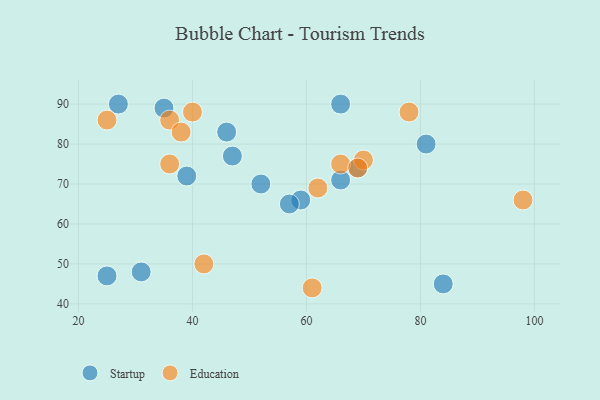
{"axis": {"x": "GDP", "y": "Life Expectancy"}, "legend": ["Education", "Startup"], "data": [{"x": "46", "y": 83, "type": "Startup"}, {"x": "84", "y": 45, "type": "Startup"}, {"x": "59", "y": 66, "type": "Startup"}, {"x": "69", "y": 74, "type": "Startup"}, {"x": "35", "y": 89, "type": "Startup"}, {"x": "81", "y": 80, "type": "Startup"}, {"x": "25", "y": 47, "type": "Startup"}, {"x": "39", "y": 72, "type": "Startup"}, {"x": "52", "y": 70, "type": "Startup"}, {"x": "31", "y": 48, "type": "Startup"}, {"x": "66", "y": 71, "type": "Startup"}, {"x": "47", "y": 77, "type": "Startup"}, {"x": "27", "y": 90, "type": "Startup"}, {"x": "57", "y": 65, "type": "Startup"}, {"x": "66", "y": 90, "type": "Startup"}, {"x": "61", "y": 44, "type": "Education"}, {"x": "40", "y": 88, "type": "Education"}, {"x": "42", "y": 50, "type": "Education"}, {"x": "36", "y": 86, "type": "Education"}, {"x": "70", "y": 76, "type": "Education"}, {"x": "78", "y": 88, "type": "Education"}, {"x": "36", "y": 75, "type": "Education"}, {"x": "98", "y": 66, "type": "Education"}, {"x": "62", "y": 69, "type": "Education"}, {"x": "25", "y": 86, "type": "Education"}, {"x": "66", "y": 75, "type": "Education"}, {"x": "38", "y": 83, "type": "Education"}, {"x": "69", "y": 74, "type": "Education"}]}